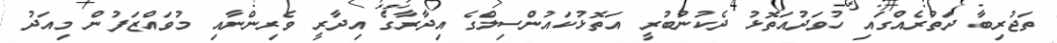
ތަޖުރިބާ ދަތުރެއްގައި ހުވަދުއަތޮޅު ދެކުނުބުރީ އަތޮޅުކައުންސިލްގެ އިދާރާގެ އިދާރީ ވެރިންނާއި މުވައްޒަފުން މިއަދު